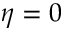
\eta = 0